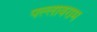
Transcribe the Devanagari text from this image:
पल्लावराम